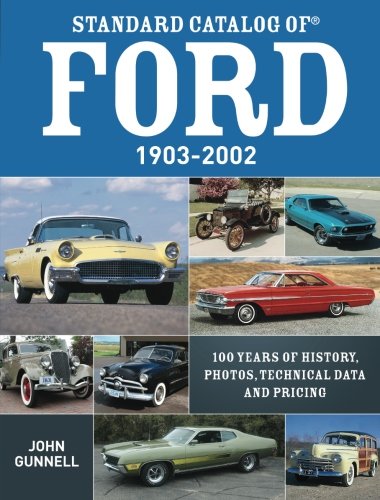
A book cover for Standard Catalog of Ford, 1903-2002: 100 Years of History, Photos, Technical Data and Pricing; John Gunnell; Engineering & Transportation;